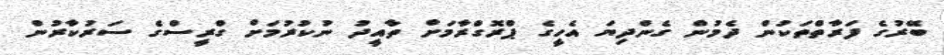
ބޭރުގެ ފަރާތްތަކުން ދެމުން ގެންދިޔަ އެހީގެ ޕްރޮގްރާމަަށް ތާއީދު ނުކުރުމަށް ގްރީސްގެ ސަރުކާރުން